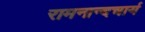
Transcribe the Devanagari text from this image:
रामनान्दचार्य